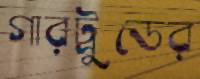
গারট্রুডের